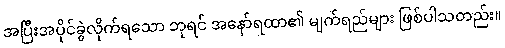
အပြီးအပိုင်ခွဲလိုက်ရသော ဘုရင် အနော်ရထာ၏ မျက်ရည်များ ဖြစ်ပါသတည်း။